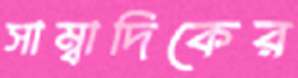
সাম্বাদিকের